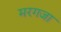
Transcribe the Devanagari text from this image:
मरगजा